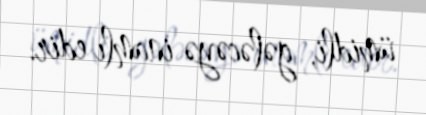
ümidli, gələcəyə inamlı edir.